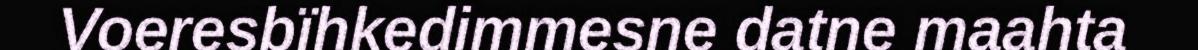
Voeresbïhkedimmesne datne maahta